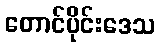
တောင်ပိုင်းဒေသ